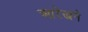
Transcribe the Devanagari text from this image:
आरेखने